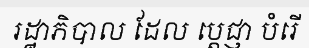
រដ្ឋាភិបាល ដែល ប្តេជ្ញា បំរើ